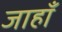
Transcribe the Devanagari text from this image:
जाहाँ